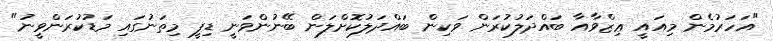
"އަހަރުމެން މިއައީ ޢިޒްވާއާ ބައްދަލުކުރަން ވަކިން ބައްދަލުކޮށްލަން ބޭނުންވަނީ ޑިފީ މިތަނުގައި މަޑުކުރަންވީނު"